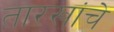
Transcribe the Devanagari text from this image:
तारखांचे